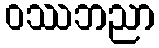
ဝဿဘညာ